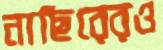
নাছিরেরও